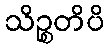
သိဉ္စတိပိ